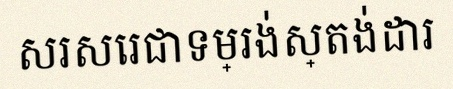
សរសេរជាទម្រង់ស្តង់ដារ